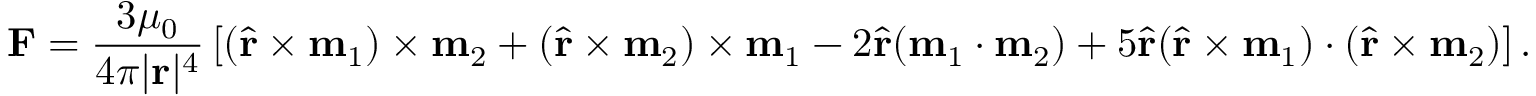
\mathbf { F } = { \frac { 3 \mu _ { 0 } } { 4 \pi | \mathbf { r } | ^ { 4 } } } \left[ ( { \hat { \mathbf { r } } } \times \mathbf { m } _ { 1 } ) \times \mathbf { m } _ { 2 } + ( { \hat { \mathbf { r } } } \times \mathbf { m } _ { 2 } ) \times \mathbf { m } _ { 1 } - 2 { \hat { \mathbf { r } } } ( \mathbf { m } _ { 1 } \cdot \mathbf { m } _ { 2 } ) + 5 { \hat { \mathbf { r } } } ( { \hat { \mathbf { r } } } \times \mathbf { m } _ { 1 } ) \cdot ( { \hat { \mathbf { r } } } \times \mathbf { m } _ { 2 } ) \right] .